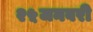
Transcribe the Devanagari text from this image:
२५जनवरी